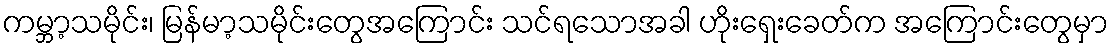
ကမ္ဘာ့သမိုင်း၊ မြန်မာ့သမိုင်းတွေအကြောင်း သင်ရသောအခါ ဟိုးရှေးခေတ်က အကြောင်းတွေမှာ